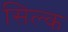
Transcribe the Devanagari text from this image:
सिल्‍क